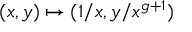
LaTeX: ( x , y ) \mapsto ( 1 / x , y / x ^ { g + 1 } )